Leprosy in India: report of the Leprosy Commission in India, 1890-91
Year: 1890
Disease focus: Leprosy
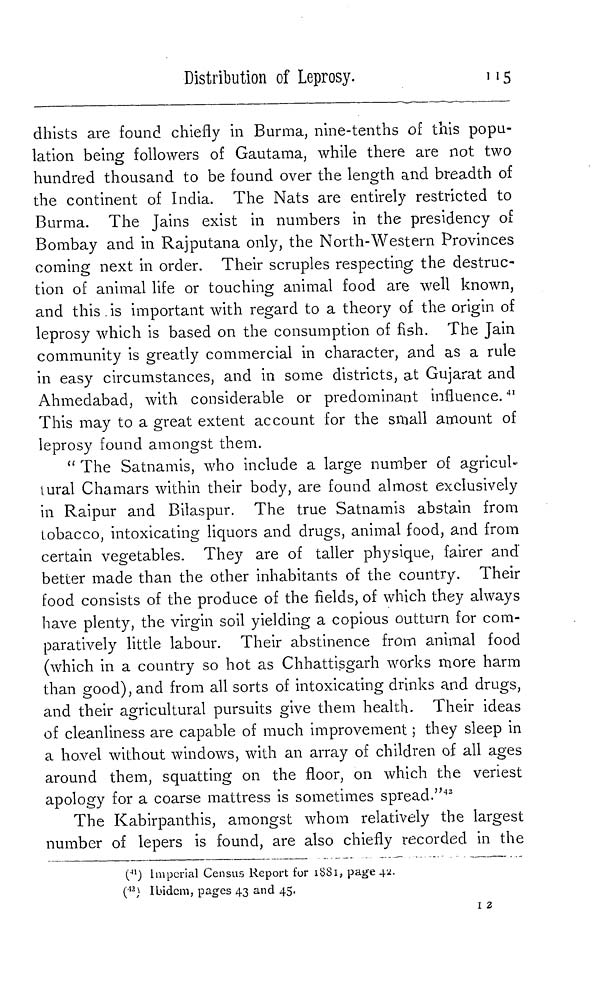
Distribution of Leprosy.
115
dhists are found chiefly in Burma, nine-tenths of this popu-
lation being followers of Gautama, while there are not two
hundred thousand to be found over the length and breadth of
the continent of India. The Nats are entirely restricted to
Burma. The Jains exist in numbers in the presidency of
Bombay and in Rajputana only, the North-Western Provinces
coming next in order. Their scruples respecting the destruc-
tion of animal life or touching animal food are well known,
and this. is important with regard to a theory of the origin of
leprosy which is based on the consumption of fish. The Jain
community is greatly commercial in character, and as a rule
in easy circumstances, and in some districts, at Gujarat and
Ahmedabad, with considerable or predominant influence. 41
This may to a great extent account for the small amount of
leprosy found amongst them.
"The Satnamis, who include a large number of agricul-
tural Chamars within their body, are found almost exclusively
in Raipur and Bilaspur. The true Satnamis abstain from
tobacco, intoxicating liquors and drugs, animal food, and from
certain vegetables. They are of taller physique, fairer and
better made than the other inhabitants of the country. Their
food consists of the produce of the fields, of which they always
have plenty, the virgin soil yielding a copious outturn for com-
paratively little labour. Their abstinence from animal food
(which in a country so hot as Chhattisgarh works more harm
than good), and from all sorts of intoxicating drinks and drugs,
and their agricultural pursuits give them health. Their ideas
of cleanliness are capable of much improvement ; they sleep in
a hovel without windows, with an array of children of all ages
around them, squatting on the floor, on which the veriest
apology for a coarse mattress is sometimes spread." 42
The Kabirpanthis, amongst whom relatively the largest
number of lepers is found, are also chiefly recorded in the
( 41 ) Imperial Census Report for 1881, page 42,
( 42 ); Ibidem, pages 43 and 45.
l 2